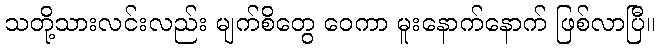
သတို့သားလင်းလည်း မျက်စိတွေ ဝေကာ မူးနောက်နောက် ဖြစ်လာပြီ။